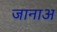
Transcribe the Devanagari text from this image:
जानाअ